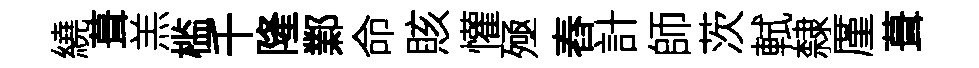
繞葺羔槛千隆鄴命賅懽殛舂計師茨軾隸厪葺